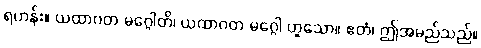
ရဟန်း။ ယထာဂတ မဂ္ဂေါတိ၊ ယထာဂတ မဂ္ဂေါ ဟူသော။ ဧတံ၊ ဤအမည်သည်။